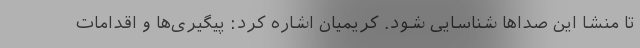
تا منشا این صداها شناسایی شود. کریمیان اشاره کرد: پیگیری‌ها و اقدامات